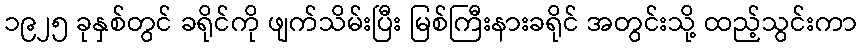
၁၉၂၅ ခုနှစ်တွင် ခရိုင်ကို ဖျက်သိမ်းပြီး မြစ်ကြီးနားခရိုင် အတွင်းသို့ ထည့်သွင်းကာ